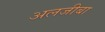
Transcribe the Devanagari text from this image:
अलजीबा